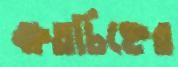
ক্ষতচিহ্নের